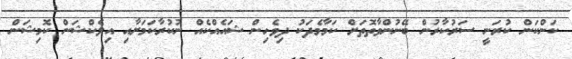
ކަންކަން ކުރަނީ ސަރުކާރުން ބޭނުންވާތޮތަށް ކަމާމެދަކު ދިވެހިން ޝައެއްކެއް ނުކުރާކަމަށާއި އިލެކްޝަން ކޮމިޝަން